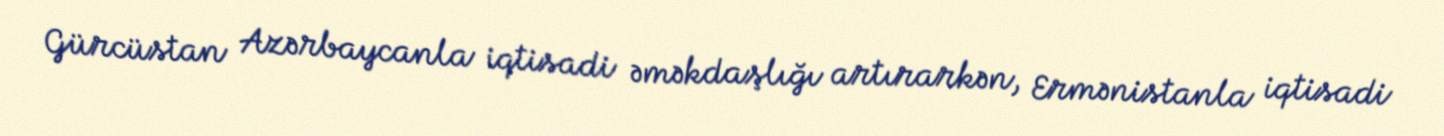
Gürcüstan Azərbaycanla iqtisadi əməkdaşlığı artırarkən, Ermənistanla iqtisadi